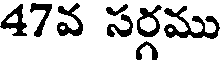
47వ సర్గము